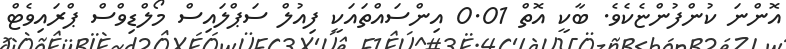
އޮންނަ ކުންފުންޏެކެވެ. ބާކީ އޮތް 0.01 އިންސައްތައަކީ ފިއުލް ސަޕްލައިސް މޯލްޑިވްސް ޕްރައިވެޓް